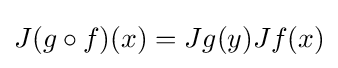
J(g\circ f)(x)=Jg(y)Jf(x)